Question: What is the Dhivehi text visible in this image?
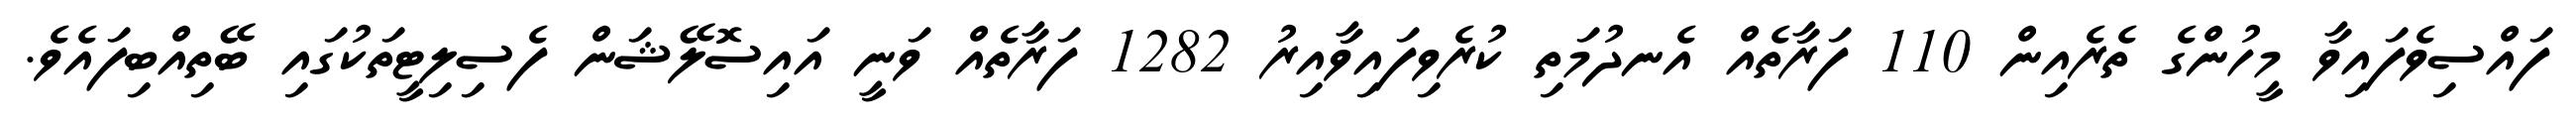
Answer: ފައްސިވެފައިވާ މީހުންގެ ތެރެއިން 110 ފަރާތެއް އެނދުމަތި ކުރެވިފައިވާއިރު 1282 ފަރާތެއް ވަނީ އައިސޮލޭޝަން ފެސިލިޓީތަކުގައި ބޭތިއްބިފައެވެ.